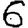
Digit: 6